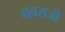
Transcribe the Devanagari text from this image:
गवराजी